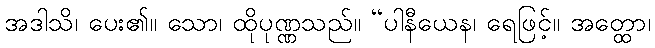
အဒါသိ၊ ပေး၏။ သော၊ ထိုပုဏ္ဏသည်။ “ပါနီယေန၊ ရေဖြင့်။ အတ္ထော၊